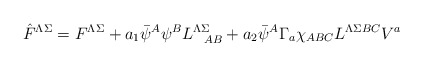
\begin{align*}\hat F^{\Lambda\Sigma} = F^{\Lambda\Sigma} +a_1 \bar \psi^A \psi ^B L^{\Lambda\Sigma}_{\ \ AB}+ a_2 \bar \psi^A\Gamma_a \chi_{ABC}L^{\Lambda\Sigma BC} V^a\end{align*}